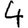
Digit: 4